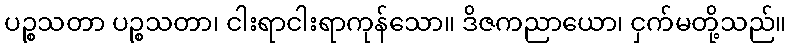
ပဉ္စသတာ ပဉ္စသတာ၊ ငါးရာငါးရာကုန်သော။ ဒိဇကညာယော၊ ငှက်မတို့သည်။